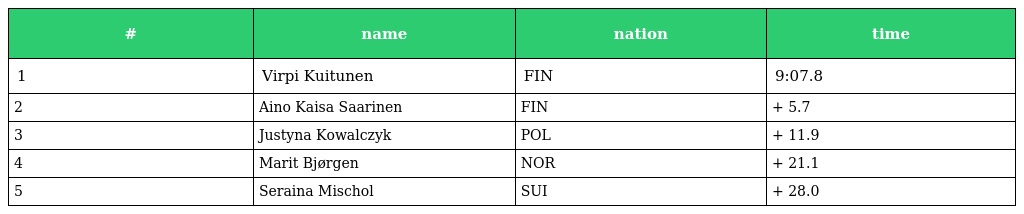
| # | name | nation | time |
 | --- | --- | --- | --- |
 | 1 | Virpi Kuitunen | FIN | 9:07.8 |
 | 2 | Aino Kaisa Saarinen | FIN | + 5.7 |
 | 3 | Justyna Kowalczyk | POL | + 11.9 |
 | 4 | Marit Bjørgen | NOR | + 21.1 |
 | 5 | Seraina Mischol | SUI | + 28.0 |